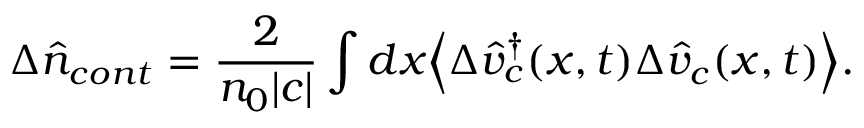
\Delta \hat { n } _ { c o n t } = \frac { 2 } { n _ { 0 } | c | } \int d x \Big < \Delta \hat { v } _ { c } ^ { \dagger } ( x , t ) \Delta \hat { v } _ { c } ( x , t ) \Big > .